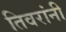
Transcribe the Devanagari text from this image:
तिवरांनी